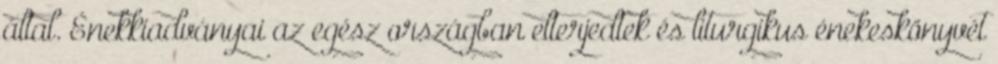
által. Énekkiadványai az egész országban elterjedtek és liturgikus énekeskönyvét